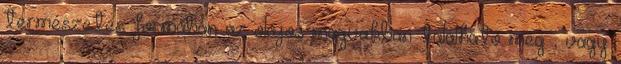
természetes formában az olajos magvakban található meg , vagy